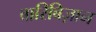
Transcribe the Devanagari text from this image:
बारिबिज़ान